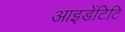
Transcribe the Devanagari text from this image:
आइडेंटिटि